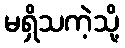
မရှိသကဲ့သို့